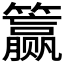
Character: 𰪣